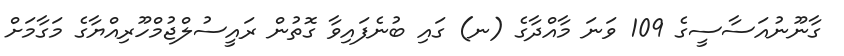
ގާނޫނުއަސާސީގެ 109 ވަނަ މާއްދާގެ (ނ) ގައި ބުނެފައިވާ ގޮތުން ރައީސުލްޖުމްހޫރިއްޔާގެ މަގާމަށް